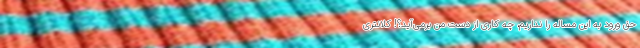
حق ورود به این مساله را نداریم، چه کاری از دست من برمی‌آید؟! کلانتری